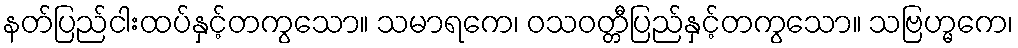
နတ်ပြည်ငါးထပ်နှင့်တကွသော။ သမာရကေ၊ ဝသဝတ္တီပြည်နှင့်တကွသော။ သဗြဟ္မကေ၊